65_HS1-834228961_62-HQ-83894_Section_4
Agency: FBI
Page 201
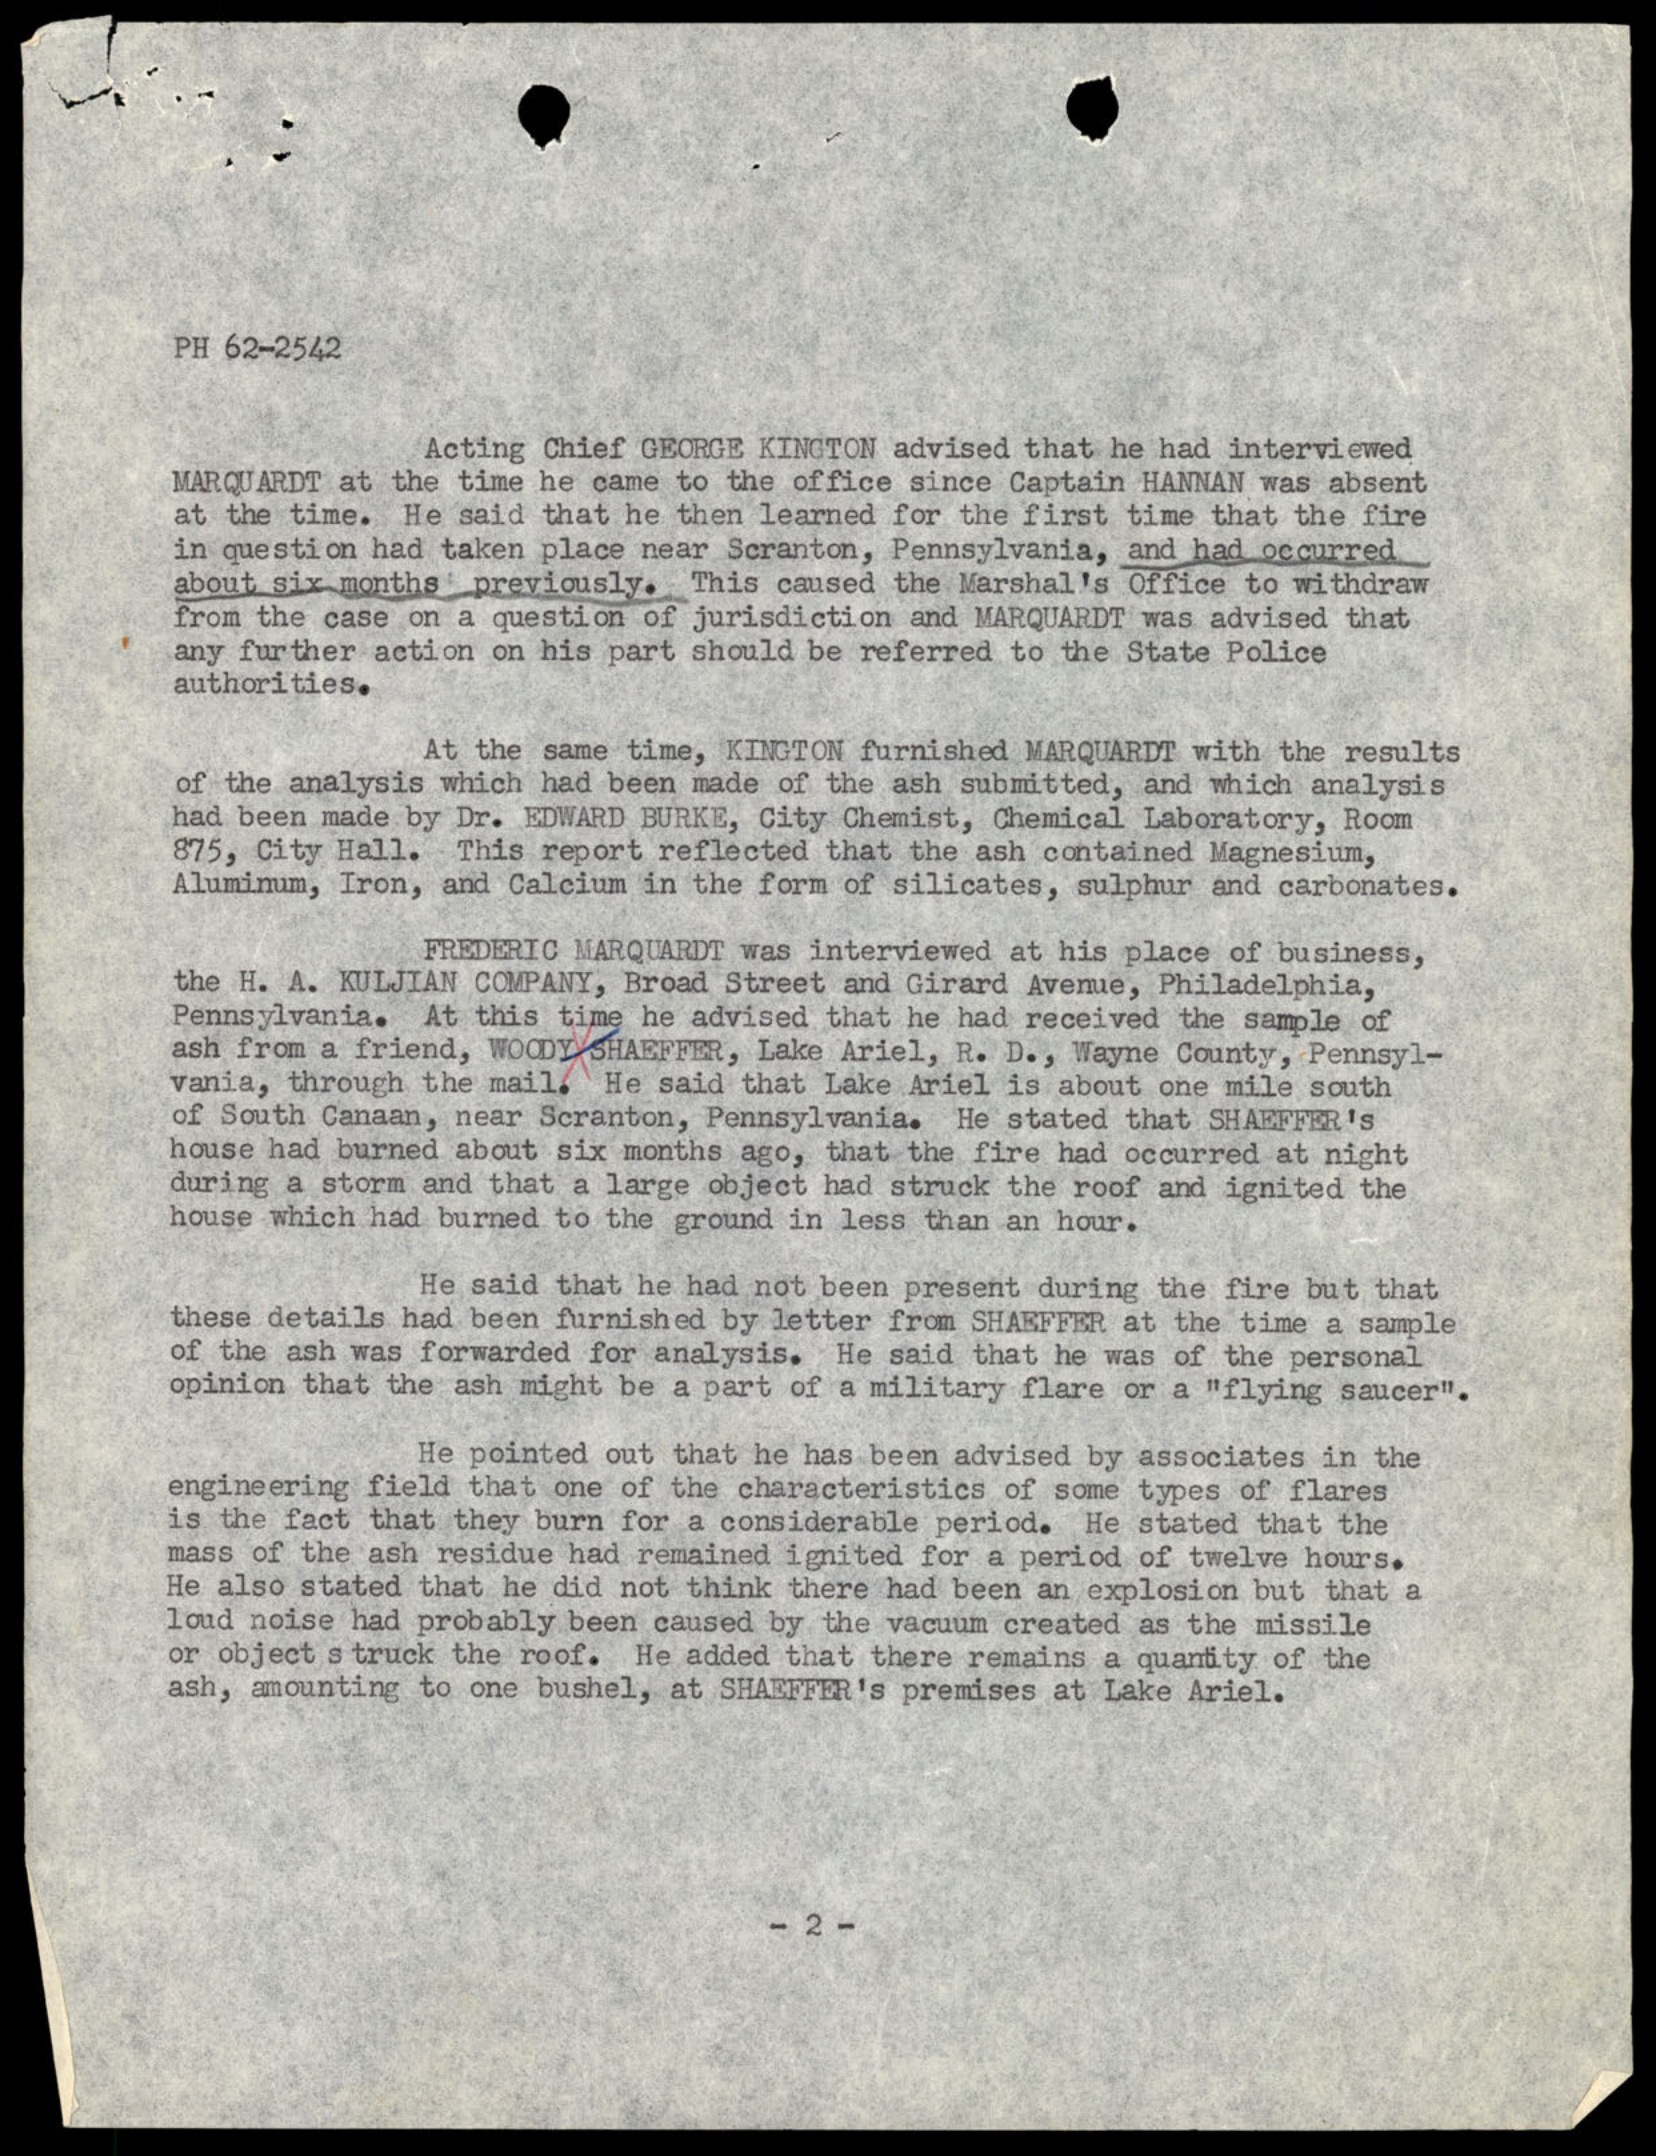